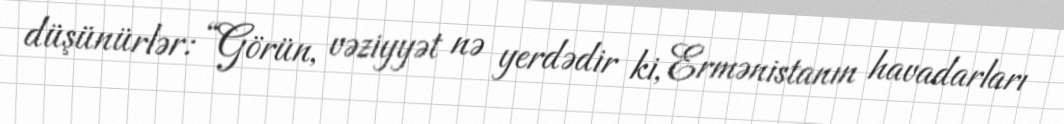
düşünürlər: “Görün, vəziyyət nə yerdədir ki, Ermənistanın havadarları